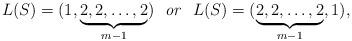
LaTeX: \begin{align*}L(S)=(1,\underbrace{2,2,\ldots,2}_{m-1})\ \ {\it or}\ \ L(S)=(\underbrace{2,2,\ldots,2}_{m-1},1),\end{align*}